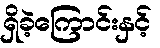
ရှိခဲ့ကြောင်းနှင့်